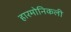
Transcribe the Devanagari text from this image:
हारमोनिकली